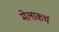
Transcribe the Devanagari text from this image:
मेलाकर्थ